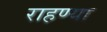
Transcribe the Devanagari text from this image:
राहण्या